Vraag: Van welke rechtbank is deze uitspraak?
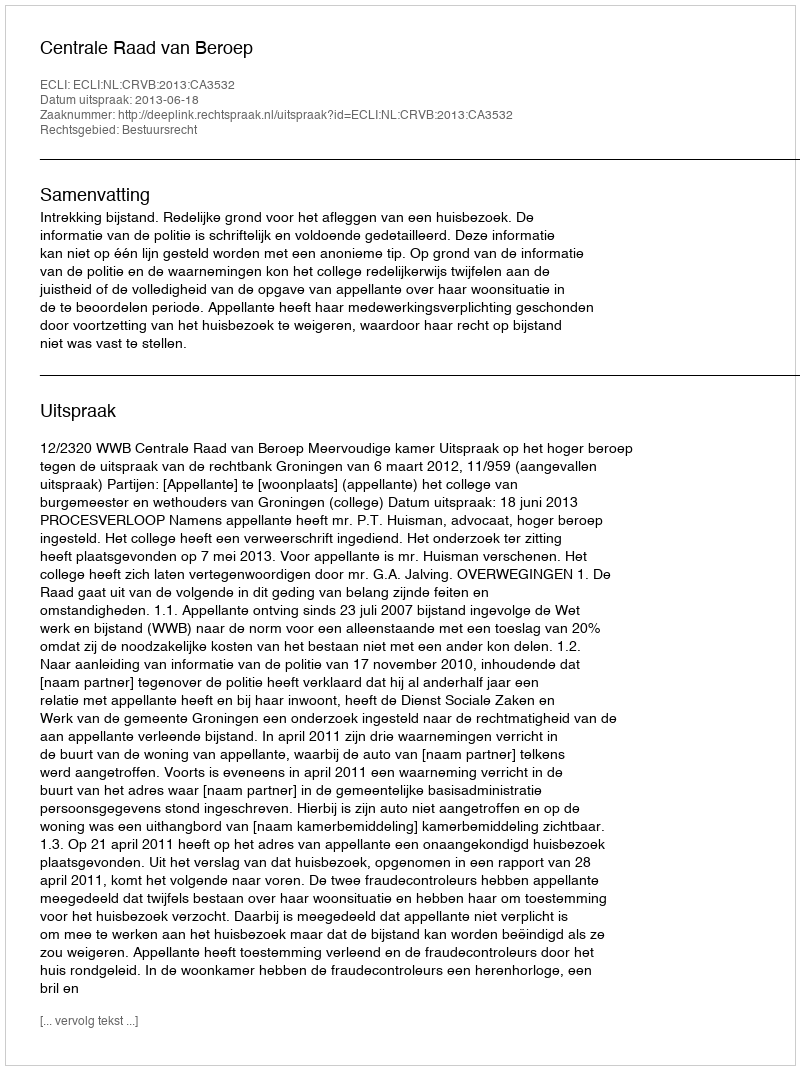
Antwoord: Centrale Raad van Beroep